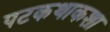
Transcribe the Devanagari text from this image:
पटकथाकशा